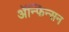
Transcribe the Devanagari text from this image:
ॲन्फिन्सन